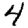
Digit: 4